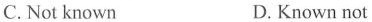
C.Not known D.Known not